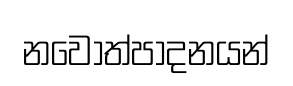
නවෝත්පාදනයන්